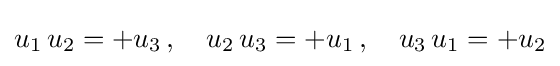
u_{1}\,u_{2}=+u_{3}\,,\quad u_{2}\,u_{3}=+u_{1}\,,\quad u_{3}\,u_{1}=+u_{2}